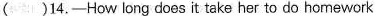
()14.-How long does it take her to do homework